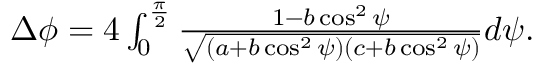
\begin{array} { r } { \Delta \phi = 4 \int _ { 0 } ^ { \frac { \pi } { 2 } } \frac { 1 - b \cos ^ { 2 } \psi } { \sqrt { ( a + b \cos ^ { 2 } \psi ) ( c + b \cos ^ { 2 } \psi ) } } d \psi . } \end{array}